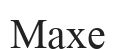
Махе